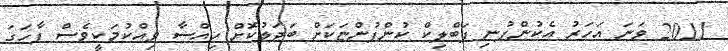
2011 ވަނަ އަހަރު އެކުންފުނި ޕަބްލިކް ކުންފުންޏަކަށް ބަދަލުކޮށް ހިއްސާ ވިއްކުމަކީވެސް ފާހަގަ